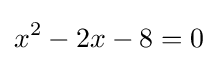
x^{2}-2x-8=0